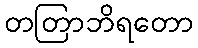
တတြာဘိရတော